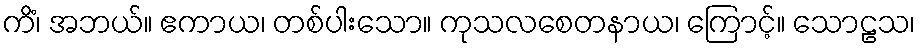
ကိံ၊ အဘယ်။ ဧကာယ၊ တစ်ပါးသော။ ကုသလစေတနာယ၊ ကြောင့်။ သောဠသ၊